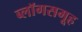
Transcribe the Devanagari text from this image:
ब्लॉगसमूह